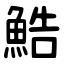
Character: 鯌